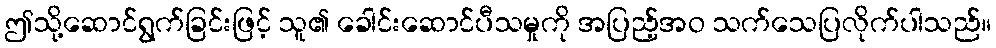
ဤသို့ဆောင်ရွက်ခြင်းဖြင့် သူ၏ ခေါင်းဆောင်ပီသမှုကို အပြည့်အဝ သက်သေပြလိုက်ပါသည်။